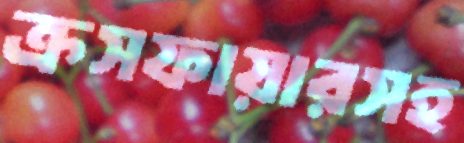
ক্রসফায়ারসহ